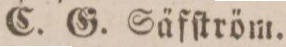
C. G. Säfſtröm.